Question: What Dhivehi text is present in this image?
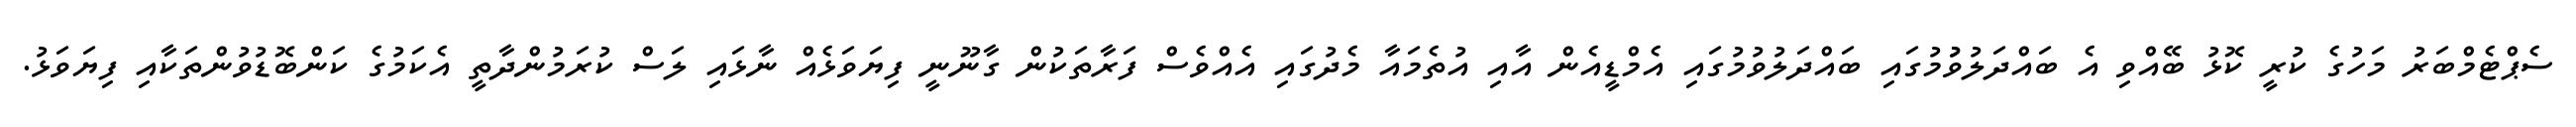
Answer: ސެޕްޓެމްބަރު މަހުގެ ކުރީ ކޮޅު ބޭއްވި އެ ބައްދަލުވުުމުގައި ބައްދަލުވުމުގައި އެމްޑީއެން އާއި އުތެމައާ މެދުގައި އެއްވެސް ފަރާތަކުން ގާނޫނީ ފިޔަވަޅެއް ނާޅައި ލަސް ކުރަމުންދާތީ އެކަމުގެ ކަންބޮޑުވުންތަކާއި ފިޔަވަޅު.